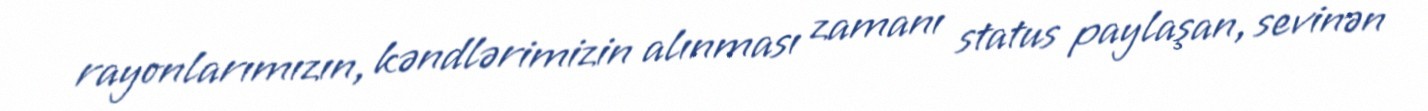
rayonlarımızın, kəndlərimizin alınması zamanı status paylaşan, sevinən